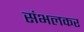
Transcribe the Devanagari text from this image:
संभलकर